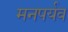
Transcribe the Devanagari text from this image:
मनपर्यव